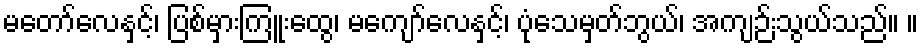
မတော်လေနှင့်၊ ပြစ်မှားကြူးထွေ၊ မကျော်လေနှင့်၊ ပုံသေမှတ်ဘွယ်၊ အကျဉ်းသွယ်သည်။ ။